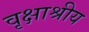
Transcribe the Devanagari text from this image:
वृक्षाश्रीय